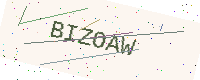
Text: BIZOAW